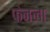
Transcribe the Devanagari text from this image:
फेनला